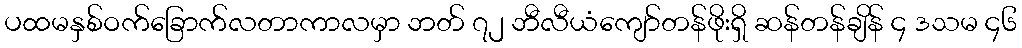
ပထမနှစ်ဝက်ခြောက်လတာကာလမှာ ဘတ် ၇၂ ဘီလီယံကျော်တန်ဖိုးရှိ ဆန်တန်ချိန် ၄ ဒသမ ၄၆